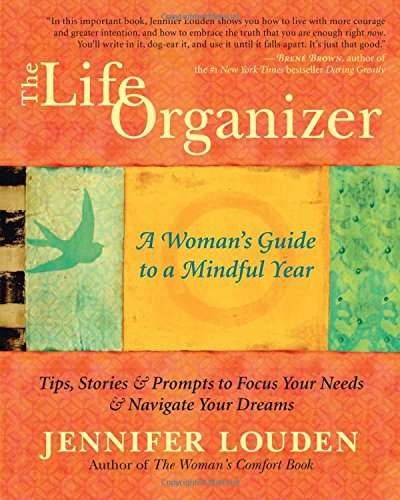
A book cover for The Life Organizer: A Woman's Guide to a Mindful Year; Jennifer Louden; Self-Help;